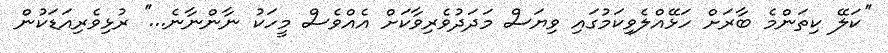
''ކަލޭ ކިތަންމެ ބާރަށް ހަޅޭއްލެވިކަމުގައި ވިޔަސް މަދަދުވެރިވާކަށް އެއްވެސް މީހަކު ނާންނާނެ...'' ރުޅިވެރިއަޑަކުން